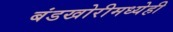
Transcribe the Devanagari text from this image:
बंडखोरीमध्येही